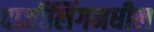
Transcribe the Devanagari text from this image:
दार्जीलिंगमधील